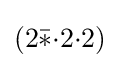
(2{\bar {*}}{\cdot }2{\cdot }2)